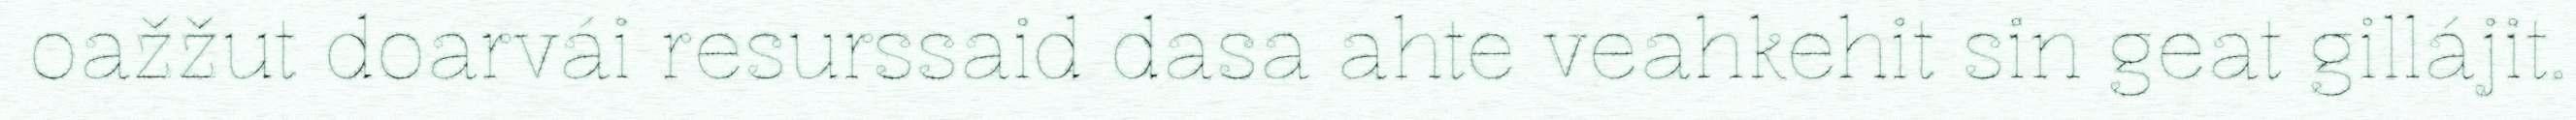
oažžut doarvái resurssaid dasa ahte veahkehit sin geat gillájit.